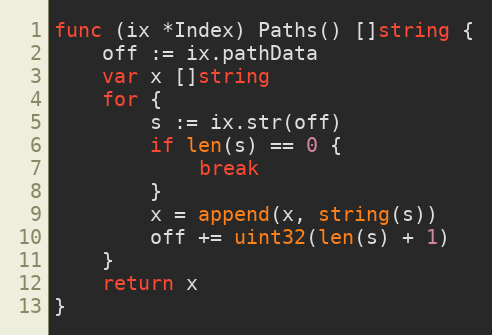
Language: Go
func (ix *Index) Paths() []string {
	off := ix.pathData
	var x []string
	for {
		s := ix.str(off)
		if len(s) == 0 {
			break
		}
		x = append(x, string(s))
		off += uint32(len(s) + 1)
	}
	return x
}